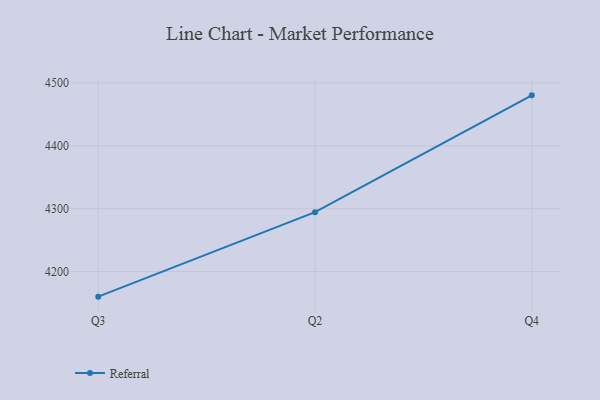
{"axis": {"x": "Quarter", "y": "Gross Profit (USD K)"}, "legend": ["Referral"], "data": [{"x": "Q3", "y": 4160.0, "type": "Referral"}, {"x": "Q2", "y": 4294.4, "type": "Referral"}, {"x": "Q4", "y": 4480.2, "type": "Referral"}]}